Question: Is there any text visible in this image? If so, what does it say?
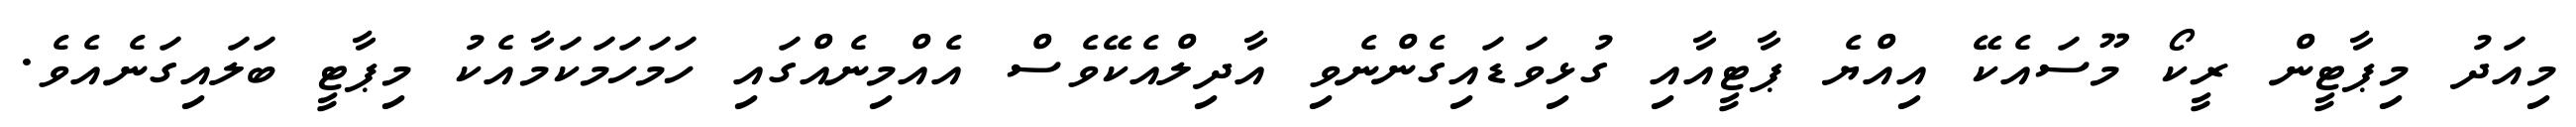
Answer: މިއަދު މިޕާޓީން ރީކޯ މޫސައެކޭ އިއްޔެ ޕާޓީއާއި ގުޅިވަޑައިގެންނެވި އާދިލްއެކޭވެސް އެއްމިނެއްގައި ހަމަހަމަކަމާއެކު މިޕާޓީ ބަލައިގަނެއެވެ.